Insane asylums in Bengal annual reports 1876-1887 - 1876-1887
Year: 1876
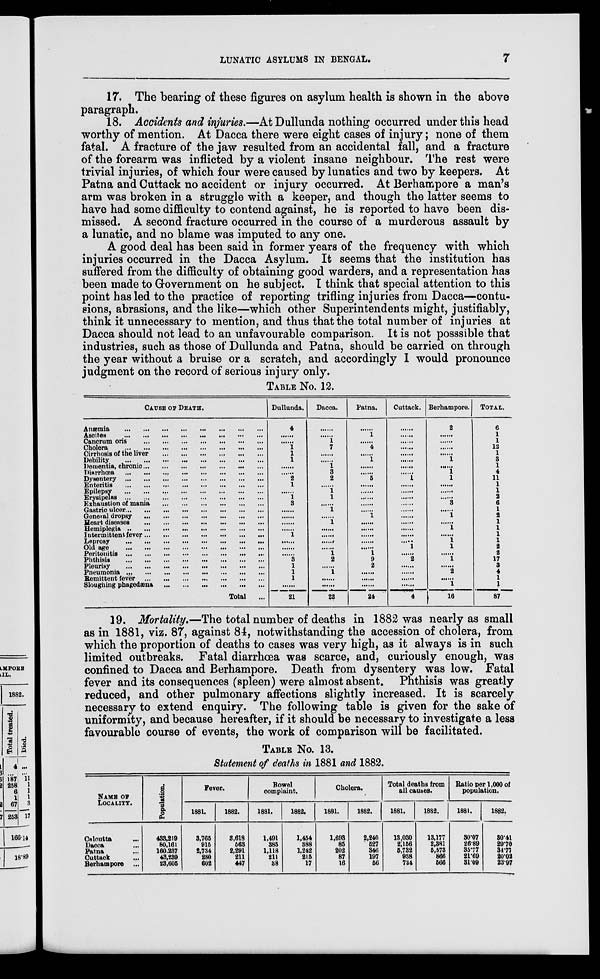
LUNATIC ASYLUMS IN BENGAL.
7
17. The bearing of these figures on asylum health is shown in the above
paragraph.
18. Accidents and injuries.—At Dullunda nothing occurred under this head
worthy of mention. At Dacca there were eight cases of injury; none of them
fatal. A fracture of the jaw resulted from an accidental fall, and a fracture
of the forearm was inflicted by a violent insane neighbour. The rest were
trivial injuries, of which four were caused by lunatics and two by keepers. At
Patna and Cuttack no accident or injury occurred. At Berhampore a man's
arm was broken in a struggle with a keeper, and though the latter seems to
have had some difficulty to contend against, he is reported to have been dis-
missed. A second fracture occurred in the course of a murderous assault by
a lunatic, and no blame was imputed to any one.
A good deal has been said in former years of the frequency with which
injuries occurred in the Dacca Asylum. It seems that the institution has
suffered from the difficulty of obtaining good warders, and a representation has
been made to Government on he subject. I think that special attention to this
point has led to the practice of reporting trifling injuries from Dacca—contu-
sions, abrasions, and the like—which other Superintendents might, justifiably,
think it unnecessary to mention, and thus that the total number of injuries at
Dacca should not lead to an unfavourable comparison. It is not posssible that
industries, such as those of Dullunda and Patna, should be carried on through
the year without a bruise or a scratch, and accordingly I would pronounce
judgment on the record of serious injury only.
TABLE No. 12.
CAUSE OF DEATH.
Anæmia
...
...
...
...
...
...
...
...
Ascites
...
...
...
...
...
...
...
...
Cancrum oris
...
...
...
...
...
...
...
Cholera
...
...
...
...
...
...
...
...
Cirrhosis of the liver
...
...
...
...
...
...
Debility
...
...
...
...
...
...
...
...
Dementia, chronic
...
...
...
...
...
...
...
Dinrrhœa
...
...
...
...
...
...
...
Dysentery
...
...
...
...
...
...
...
...
Enteritis
...
...
...
...
...
...
...
...
Epilepsy... ... ... ... ... ... ... ...
Erysipelas ... ... ... ... ... ... ...
Exhaustion of mania
...
...
...
...
...
...
Gastric ulcer...
...
...
...
...
...
...
...
General
dropsy...
...
...
...
...
...
...
Heart diseases...
...
...
...
...
...
...
Hemiplegia
...
...
...
...
...
...
...
...
Intermittent fever
...
...
...
...
...
...
...
Leprosy... ... ... ... ... ... ...
Old age ... ... ... ... ... ... ...
Peritonitis
...
...
...
...
...
...
...
Phthisis
...
...
...
...
...
...
...
Pleurisy
...
...
...
...
...
...
...
Pneumonia
...
...
...
...
...
...
Remittent fever
...
...
...
...
...
...
Sloughing phagedæna
...
...
...
...
...
...
Total ...
Dullunda.
4
......
......
1
1
1
......
......
2
1
......
1
3
......
......
......
......
1
......
......
......
3
1
1
1
......
21
Dacca.
......
......
1
7
......
......
1
3
2
......
1
1
......
1
......
1
......
......
......
......
1
2
......
1
......
......
22
Patna.
......
1
......
4
......
1
......
......
5
......
......
......
......
......
1
......
......
......
......
......
1
9
2
......
......
......
24
Cuttack.
......
......
......
......
......
......
......
......
1
......
......
......
......
......
......
......
......
......
.....
1
......
2
......
......
......
......
4
Berhampore.
2
......
......
......
......
1
......
1
1
......
......
......
3
......
1
......
1
......
1
1
......
1
......
2
......
1
16
TOTAL.
6
1
1
12
1
3
1
4
11
1
1
2
6
1
2
1
1
1
1
2
2
17
3
4
1
1
87
19. Mortality.—The total number of deaths in 1882 was nearly as small
as in 1881, viz. 87, against 84, notwithstanding the accession of cholera, from
which the proportion of deaths to cases was very high, as it always is in such
limited outbreaks. Fatal diarrhœa was scarce, and, curiously enough, was
confined to Dacca and Berhampore. Death from dysentery was low. Fatal
fever and its consequences (spleen) were almost absent. Phthisis was greatly
reduced, and other pulmonary affections slightly increased. It is scarcely
necessary to extend enquiry. The following table is given for the sake of
uniformity, and because hereafter, if it should be necessary to investigate a less
favourable course of events, the work of comparison will be facilitated.
TABLE No. 13.
Statement of deaths in 1881 and 1882.
NAME OF
LOCALITY.
Calcutta ...
Dacca ...
Patna ...
Cuttack ...
Berhampore ...
Population.
433,219
80,161
160.237
43,239
23,605
Fever.
1881.
3,765
915
2,734
230
602
1882.
3,618
563
2,291
211
447
Bowel
complaint.
1881.
1,491
385
1,118
211
38
1882.
1,454
388
1,242
215
17
Cholera.
1881.
1,693
85
202
87
16
1882.
2,240
527
346
197
56
Total deaths from
all causes.
1881.
13,030
2,156
5,732
938
734
1882.
13,177
2,381
5,573
866
566
Ratio per 1,000 of
population.
1881.
30.07
26.89
35.77
21.69
31.09
1882.
30.41
29.70
34.77
20.02
23.97